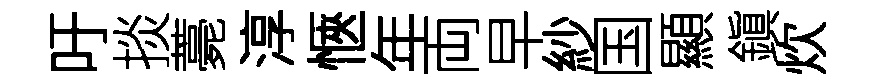
吁掞薧淳愜年両早紗国顯鎭炊